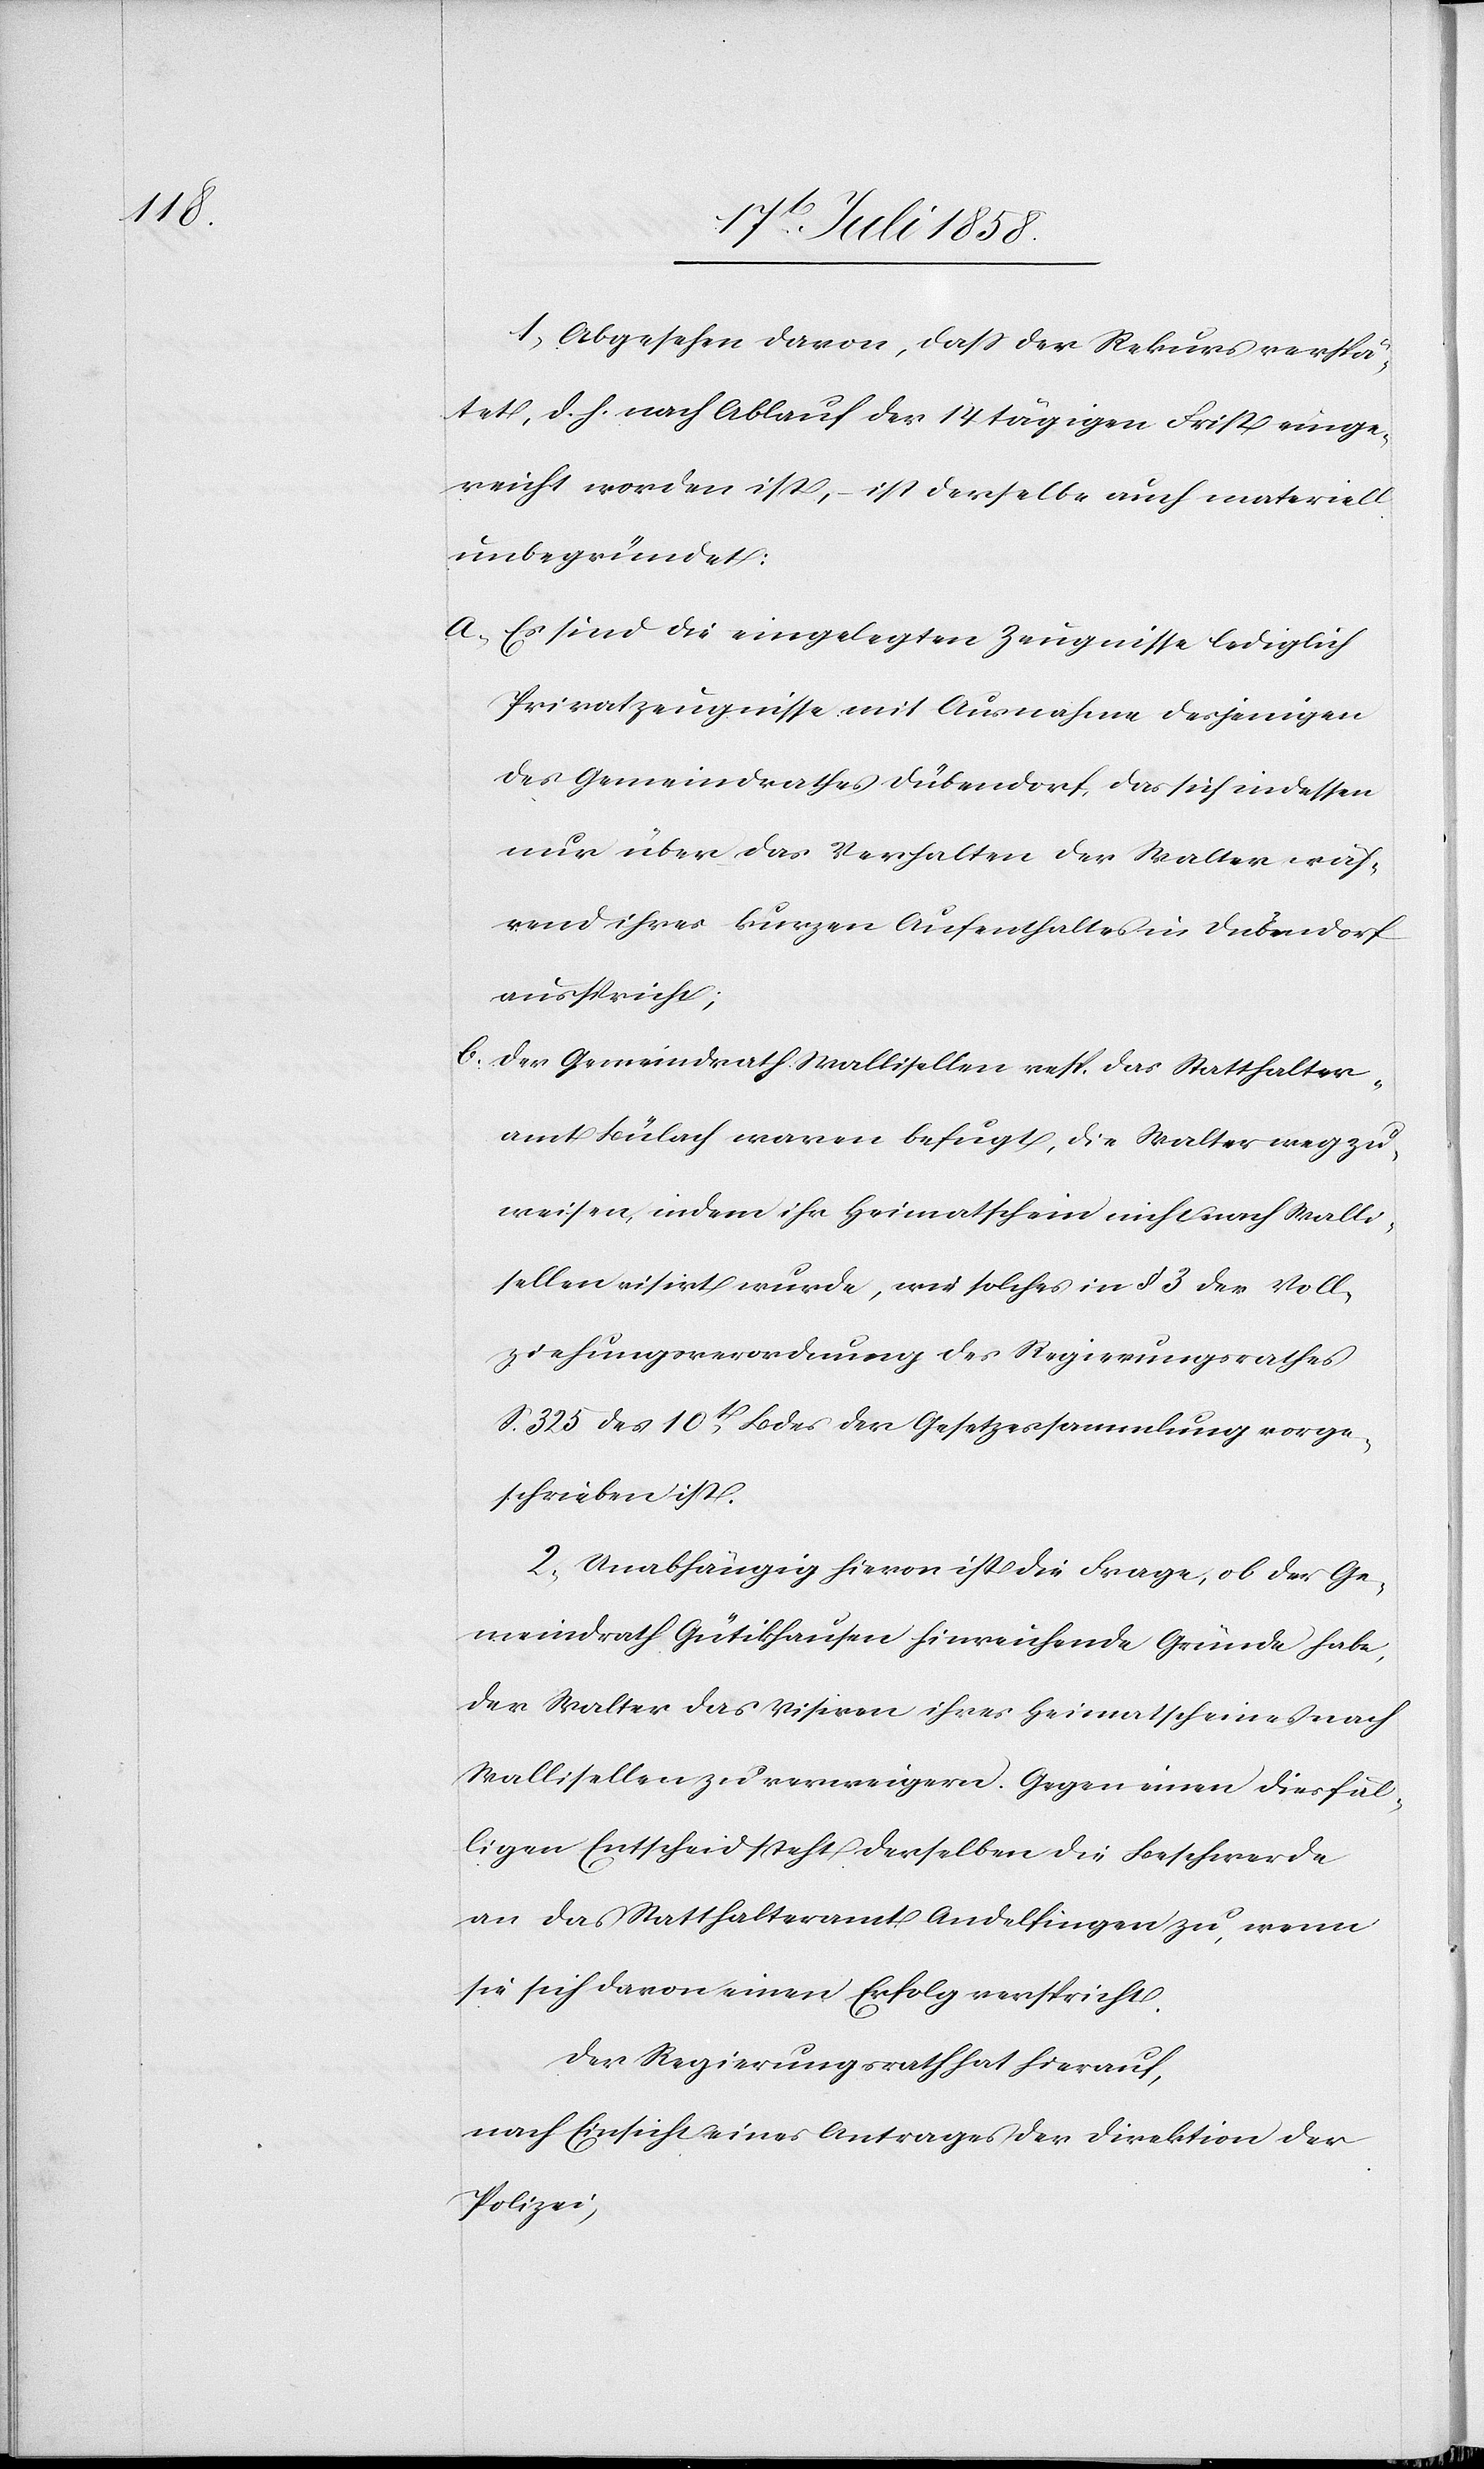
1) Abgesehen davon, dass der Rekurs verspä¬
tet, d. h. nach Ablauf der 14 tägigen Frist einge¬
reicht worden ist, – ist derselbe auch materiell
unbegründet:
Es sind die eingelegten Zeugnisse lediglich
Privatzeugnisse mit Ausnahme desjenigen
des Gemeindrathes Dübendorf, das sich indessen
nur über das Verhalten der Walter wäh¬
rend ihres kurzen Aufenthaltes in Dübendorf
ausspricht;
Der Gemeindrath Wallisellen resp. das Statthalter¬
amt Bülach waren befugt, die Walter wegzu¬
weisen, indem ihr Heimatschein nicht nach Walli¬
sellen visirt wurde, wie solches in § 3 der Voll¬
ziehungsverordnung des Regierungsrathes
S. 325 des 10t Bdes der Gesetzessammlung vorge¬
schrieben ist.
2) Unabhängig hievon ist die Frage, ob der Ge¬
meindrath Gütikhausen hinreichende Gründe habe,
der Walter das Visiren ihres Heimatscheines nach
Wallisellen zu verweigern. Gegen einen diesfäl¬
ligen Entscheid steht derselben die Beschwerde
an das Statthalteramt Andelfingen zu, wenn
sie sich davon einen Erfolg verspricht.
Der Regierungsrath hat hierauf,
nach Einsicht eines Antrages der Direktion der
Polizei,